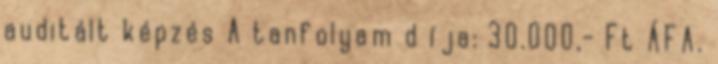
auditált képzés A tanfolyam d íja: 30.000,- Ft ÁFA.